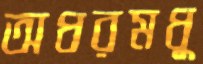
অধরমধু